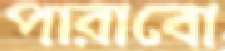
পারাবো